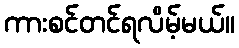
ကားစင်တင်ရလိမ့်မယ်။